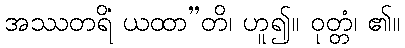
အဿတရိံ ယထာ”တိ၊ ဟူ၍။ ဝုတ္တံ၊ ၏။